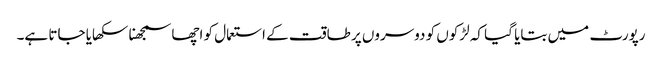
رپورٹ میں بتایا گیا کہ لڑکوں کو دوسروں پر طاقت کے استعمال کو اچھا سمجھنا سکھایا جاتا ہے۔